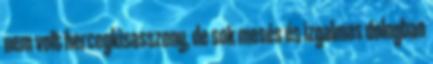
nem volt hercegkisasszony, de sok mesés és izgalmas dologban